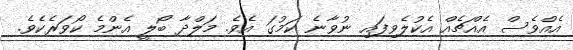
އެއްވެސް އެއްޗެއް އެކުލެވިފައި ނުވާނެ ކަމުގަ އެވެ. މަލްދާ ބޯލީ އެންމެ ކޯވަރެކެވެ.